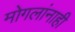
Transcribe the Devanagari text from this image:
मोगलांनाही